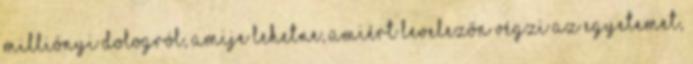
milliónyi dologról, amije lehetne, amiért levelezőn végzi az egyetemet,